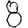
Digit: 8